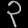
Digit: ၃